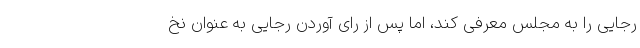
رجایی را به مجلس معرفی کند، اما پس از رای آوردن رجایی به عنوان نخ